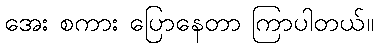
အေး စကား ပြောနေတာ ကြာပါတယ်။